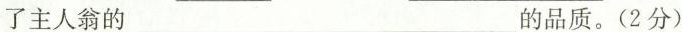
了主人翁的___的品质。(2分)